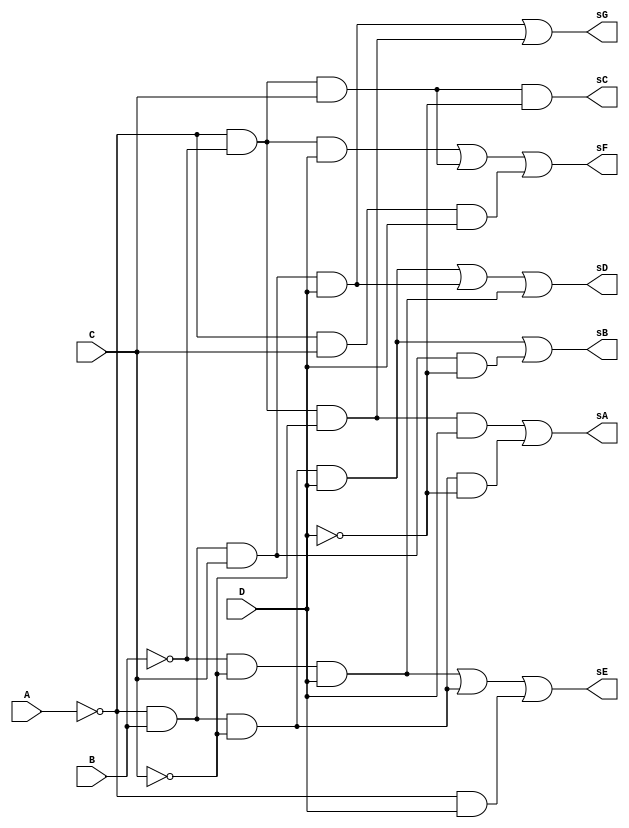
module decod_numeros_7seg (
  input A, B, C, D,
  output reg sA, sB, sC, sD, sE, sF, sG
);

  always @*
    begin
      // S0 ~A~B~CD + ~AB~C~D
      sA = ~A & ~B & ~C & D | ~A & B & ~C & ~D;

      // S1 ~AB~CD + ~ABC~D
      sB = ~A & B & ~C & D | ~A & B & C & ~D;

      // S2 ~A~BC~D
      sC = ~A & ~B & C & ~D;

      // S3 ~AB~C~D + ~ABCD + ~B~CD
      sD = ~A & B & ~C & D | ~A & B & C & D | ~B & ~C & D;

      // S4 ~B~CD + ~AB~C + ~AD
      sE = ~B & ~C & D | ~A & B & ~C | ~A & D;

      // S5 ~A~BD + ~A~BC + ~ACD
      sF = ~A & ~B & D | ~A & ~B & C | ~A & C & D;

      // S6 ~ABCD + ~A~B~C
      sG = ~A & B & C & D | ~A & ~B & ~C;
    end
	
//	// S0 ~a~b~cd + ~ab~c~d
//	and And0 (T0, ~A, ~B, ~C, D);
//	and And1 (T1, ~A, B, ~C, ~D);
//	or Or0 (OUT[0], T0, T1);
//	// S1 ~ab~cd + ~abc~d
//	and And2 (T2, ~A, B, ~C, D);
//	and And3 (T3, ~A, B, C, ~D);
//	or Or1 (OUT[1], T2, T3);
//	// S2 ~a~bc~d
//	and And4 (OUT[2], ~A, ~B, C, ~D);
//	// S3	~ab~c~d + ~abcd + ~b~cd
//	and And5 (T4, ~A, B, C, D);
//	and And6 (T5, ~B, ~C, D);
//	or Or2 (OUT[3], T1, T4, T5);
//	// S4 ~b~cd + ~ab~c + ~ad
//	and And8 (T6, ~A, B, ~C);
//	and And9 (T7, ~A, D);
//	or Or3 (OUT[4], T5, T6, T7);
//	// S5 ~a~bd + ~a~bc + ~acd
//	and And11 (T8, ~A, ~B, D);
//	and And12 (T9, ~A, ~B, C);
//	and And13 (T10, ~A, C, D);
//	or Or4 (OUT[5], T8, T9, T10);
//	// S6 ~abcd + ~a~b~c
//	and And14 (T11, ~A, ~B, ~C);
//	or Or5 (OUT[6], T4, T11);

endmodule